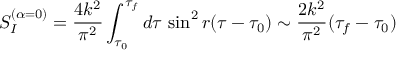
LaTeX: S _ { I } ^ { ( \alpha = 0 ) } = \frac { 4 k ^ { 2 } } { \pi ^ { 2 } } \int _ { \tau _ { 0 } } ^ { \tau _ { f } } d \tau { } ~ { \sin } ^ { 2 } \, r ( \tau - \tau _ { 0 } ) \sim \frac { 2 k ^ { 2 } } { \pi ^ { 2 } } ( \tau _ { f } - \tau _ { 0 } )